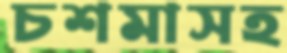
চশমাসহ